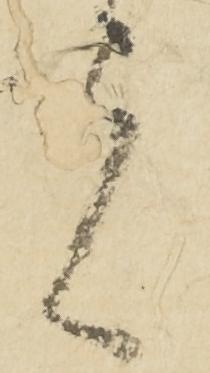
者